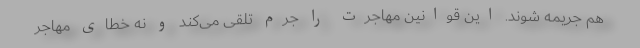
هم جریمه شوند. این قوانین مهاجرت را جرم تلقی می‌کند و نه خطای مهاجر